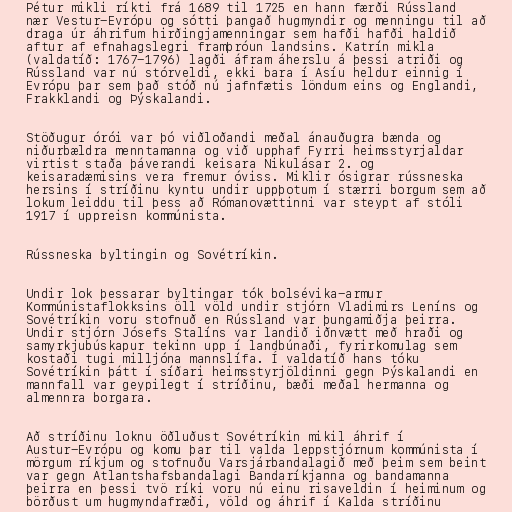
Pétur mikli ríkti frá 1689 til 1725 en hann færði Rússland
nær Vestur-Evrópu og sótti þangað hugmyndir og menningu til að
draga úr áhrifum hirðingjamenningar sem hafði hafði haldið
aftur af efnahagslegri framþróun landsins. Katrín mikla
(valdatíð: 1767-1796) lagði áfram áherslu á þessi atriði og
Rússland var nú stórveldi, ekki bara í Asíu heldur einnig í
Evrópu þar sem það stóð nú jafnfætis löndum eins og Englandi,
Frakklandi og Þýskalandi.

Stöðugur órói var þó viðloðandi meðal ánauðugra bænda og
niðurbældra menntamanna og við upphaf Fyrri heimsstyrjaldar
virtist staða þáverandi keisara Nikulásar 2. og
keisaradæmisins vera fremur óviss. Miklir ósigrar rússneska
hersins í stríðinu kyntu undir uppþotum í stærri borgum sem að
lokum leiddu til þess að Rómanovættinni var steypt af stóli
1917 í uppreisn kommúnista.

Rússneska byltingin og Sovétríkin.

Undir lok þessarar byltingar tók bolsévika-armur
Kommúnistaflokksins öll völd undir stjórn Vladimirs Leníns og
Sovétríkin voru stofnuð en Rússland var þungamiðja þeirra.
Undir stjórn Jósefs Stalíns var landið iðnvætt með hraði og
samyrkjubúskapur tekinn upp í landbúnaði, fyrirkomulag sem
kostaði tugi milljóna mannslífa. Í valdatíð hans tóku
Sovétríkin þátt í síðari heimsstyrjöldinni gegn Þýskalandi en
mannfall var geypilegt í stríðinu, bæði meðal hermanna og
almennra borgara.

Að stríðinu loknu öðluðust Sovétríkin mikil áhrif í
Austur-Evrópu og komu þar til valda leppstjórnum kommúnista í
mörgum ríkjum og stofnuðu Varsjárbandalagið með þeim sem beint
var gegn Atlantshafsbandalagi Bandaríkjanna og bandamanna
þeirra en þessi tvö ríki voru nú einu risaveldin í heiminum og
börðust um hugmyndafræði, völd og áhrif í Kalda stríðinu